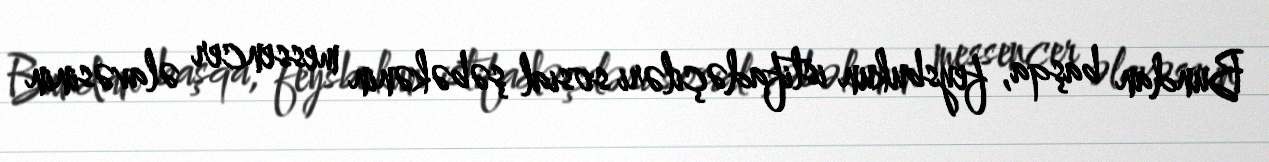
Bundan başqa, feysbukun istifadəçiləri sosial şəbəkənin messencer əlavəsinin